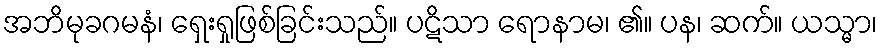
အဘိမုခဂမနံ၊ ရှေးရှုဖြစ်ခြင်းသည်။ ပဋိသာ ရောနာမ၊ ၏။ ပန၊ ဆက်။ ယသ္မာ၊